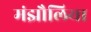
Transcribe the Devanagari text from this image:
मंझौलिया